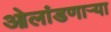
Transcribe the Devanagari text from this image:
ओलांडणाऱ्या